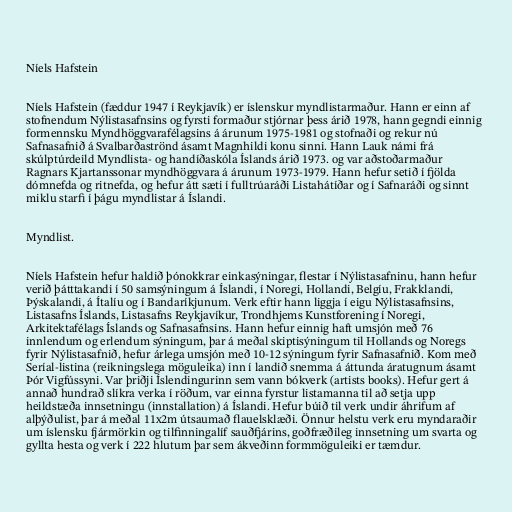
Níels Hafstein

Níels Hafstein (fæddur 1947 í Reykjavík) er íslenskur myndlistarmaður. Hann er einn af
stofnendum Nýlistasafnsins og fyrsti formaður stjórnar þess árið 1978, hann gegndi einnig
formennsku Myndhöggvarafélagsins á árunum 1975-1981 og stofnaði og rekur nú
Safnasafnið á Svalbarðaströnd ásamt Magnhildi konu sinni. Hann Lauk námi frá
skúlptúrdeild Myndlista- og handíðaskóla Íslands árið 1973. og var aðstoðarmaður
Ragnars Kjartanssonar myndhöggvara á árunum 1973-1979. Hann hefur setið í fjölda
dómnefda og ritnefda, og hefur átt sæti í fulltrúaráði Listahátíðar og í Safnaráði og sinnt
miklu starfi í þágu myndlistar á Íslandi.

Myndlist.

Níels Hafstein hefur haldið þónokkrar einkasýningar, flestar í Nýlistasafninu, hann hefur
verið þátttakandi í 50 samsýningum á Íslandi, í Noregi, Hollandi, Belgíu, Frakklandi,
Þýskalandi, á Ítalíu og í Bandaríkjunum. Verk eftir hann liggja í eigu Nýlistasafnsins,
Listasafns Íslands, Listasafns Reykjavíkur, Trondhjems Kunstforening í Noregi,
Arkitektafélags Íslands og Safnasafnsins. Hann hefur einnig haft umsjón með 76
innlendum og erlendum sýningum, þar á meðal skiptisýningum til Hollands og Noregs
fyrir Nýlistasafnið, hefur árlega umsjón með 10-12 sýningum fyrir Safnasafnið. Kom með
Seríal-listina (reikningslega möguleika) inn í landið snemma á áttunda áratugnum ásamt
Þór Vigfússyni. Var þriðji Íslendingurinn sem vann bókverk (artists books). Hefur gert á
annað hundrað slíkra verka í röðum, var einna fyrstur listamanna til að setja upp
heildstæða innsetningu (innstallation) á Íslandi. Hefur búið til verk undir áhrifum af
alþýðulist, þar á meðal 11x2m útsaumað flauelsklæði. Önnur helstu verk eru myndaraðir
um íslensku fjármörkin og tilfinningalíf sauðfjárins, goðfræðileg innsetning um svarta og
gyllta hesta og verk í 222 hlutum þar sem ákveðinn formmöguleiki er tæmdur.